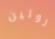
روتين